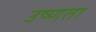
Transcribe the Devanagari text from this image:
उष्‍णता